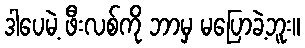
ဒါပေမဲ့ ဖီးလစ်ကို ဘာမှ မပြောခဲ့ဘူး။